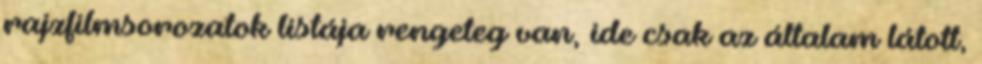
rajzfilmsorozatok listája rengeteg van, ide csak az általam látott,